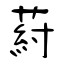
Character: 葤